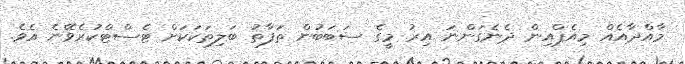
މާއްދާއެއް މިއެޕްއިން ދެނެގަންނަ އިރު މީގެ ސަބަބުން ތަފާތު ބަލިތަކަކަށް ޓެސްޓްކުރެވޭނެ އެވެ.